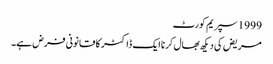
1999 سپریم کورٹ
مریض کی دیکھ بھال کرنا ایک ڈاکٹر کا قانونی فرض ہے۔